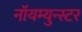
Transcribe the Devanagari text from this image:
नॉयम्युन्स्टर